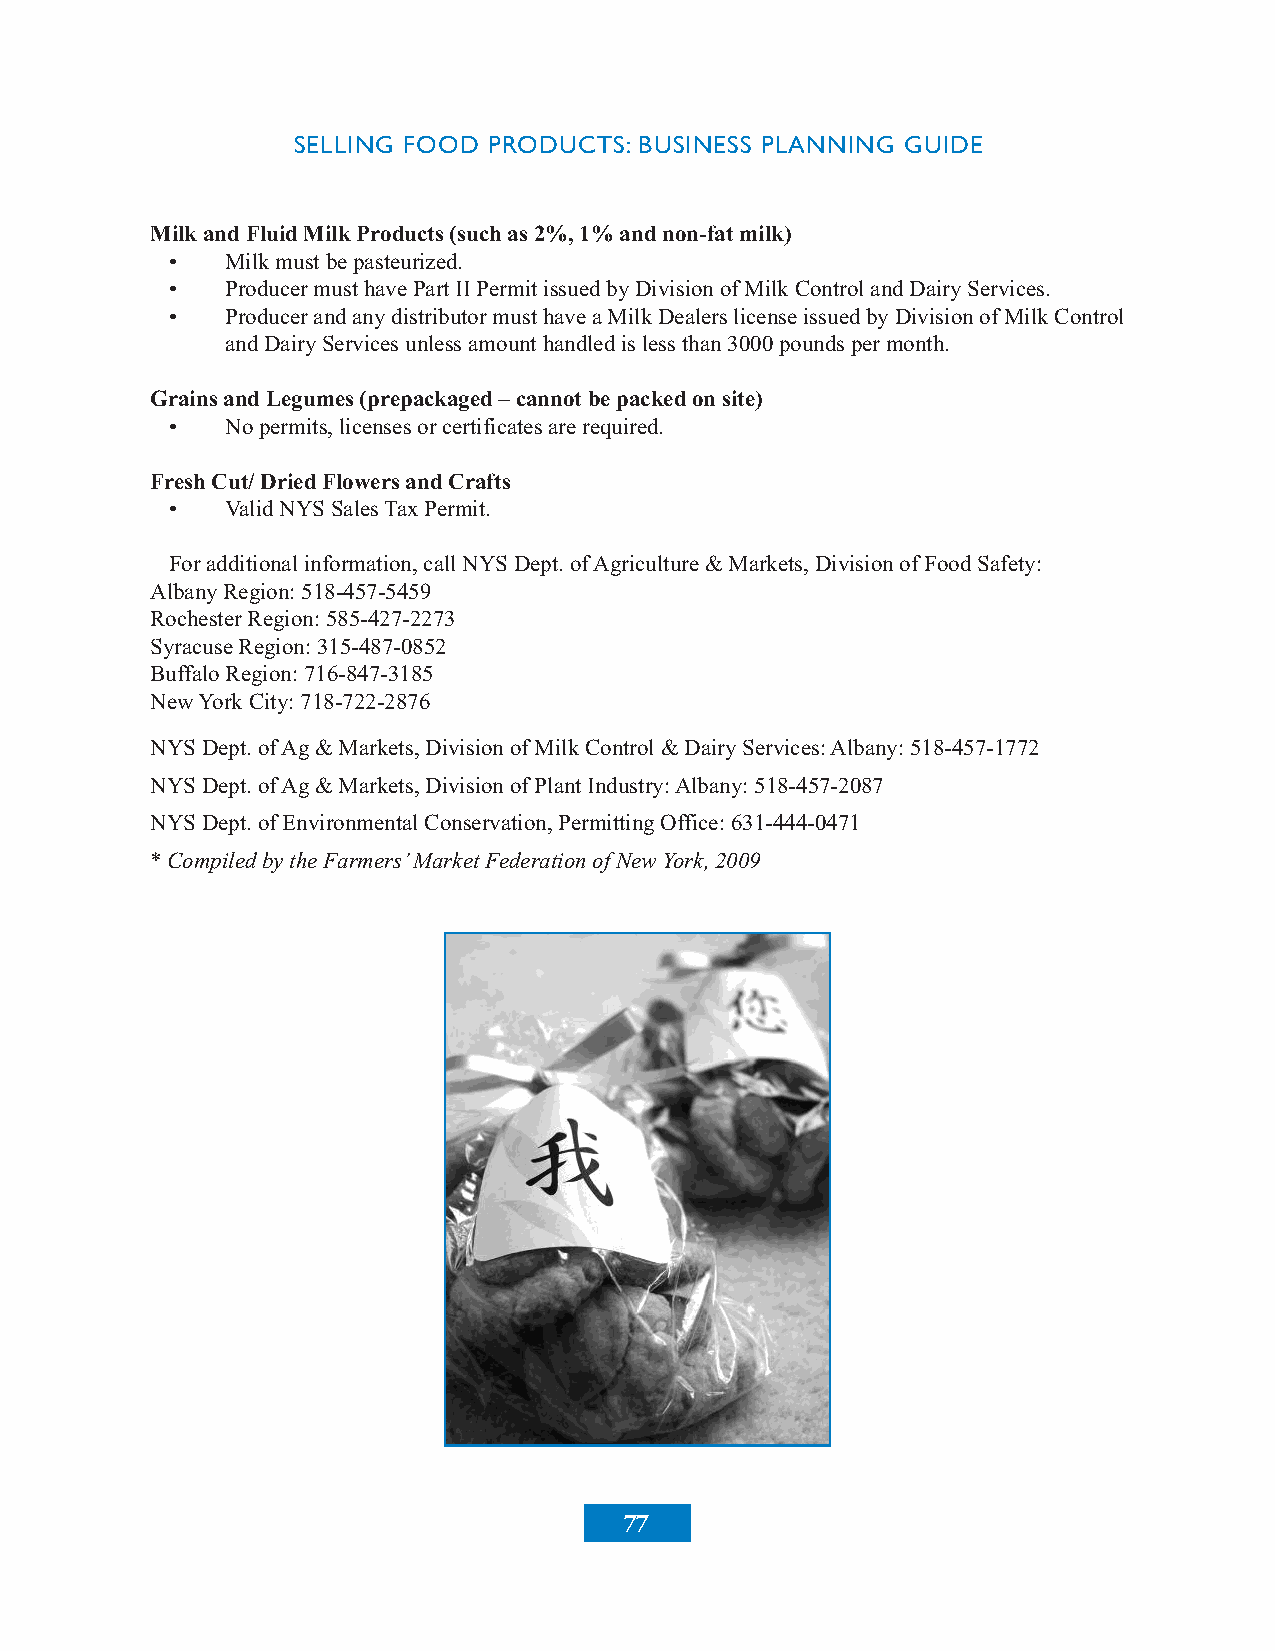
SELLING FOOD PRODUCTS: BUSINESS PLANNING GUIDE
 MilkandFluidMilkProducts(suchas2%,1%andnon-fatmilk)
 •   Milkmustbepasteurized.
 •   ProducermusthavePartIIPermitissuedbyDivisionofMilkControlandDairyServices.
 •   ProducerandanydistributormusthaveaMilkDealerslicenseissuedbyDivisionofMilkControl
 andDairyServicesunlessamounthandledislessthan3000poundspermonth.
 GrainsandLegumes(prepackaged–cannotbepackedonsite)
 •   Nopermits,licensesorcertificatesarerequired.
 FreshCut/DriedFlowersandCrafts
 •   ValidNYSSalesTaxPermit.
 Foradditionalinformation,callNYSDept.ofAgriculture&Markets,DivisionofFoodSafety:
 AlbanyRegion:518-457-5459
 RochesterRegion:585-427-2273
 SyracuseRegion:315-487-0852
 BuffaloRegion:716-847-3185
 NewYorkCity:718-722-2876
 NYSDept.ofAg&Markets,DivisionofMilkControl&DairyServices:Albany:518-457-1772
 NYSDept.ofAg&Markets,DivisionofPlantIndustry:Albany:518-457-2087
 NYSDept.ofEnvironmentalConservation,PermittingOffice:631-444-0471
 *CompiledbytheFarmers’MarketFederationofNewYork,2009
 77